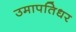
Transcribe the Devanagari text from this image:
उमापतिधर